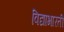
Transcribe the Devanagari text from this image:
विद्याभारती